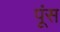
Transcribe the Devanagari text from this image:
पूंस